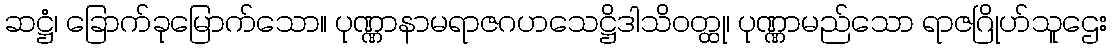
ဆဋ္ဌံ၊ ခြောက်ခုမြောက်သော။ ပုဏ္ဏာနာမရာဇဂဟသေဋ္ဌိဒါသိဝတ္ထု၊ ပုဏ္ဏာမည်သော ရာဇဂြိုဟ်သူဌေး